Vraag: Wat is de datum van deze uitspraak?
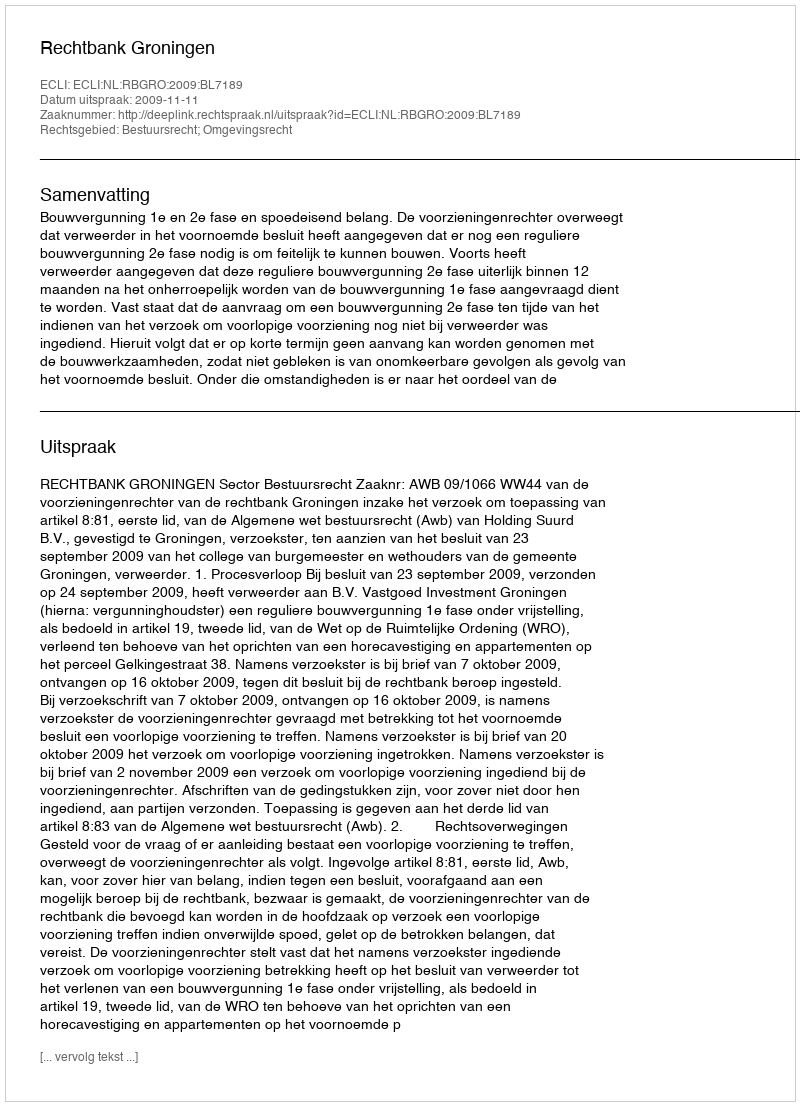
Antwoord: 2009-11-11